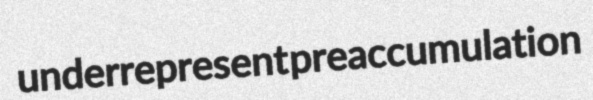
underrepresent preaccumulation